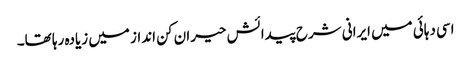
اسی دہائی میں ایرانی شرح پیدائش حیران کن انداز میں زیادہ رہا تھا۔